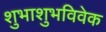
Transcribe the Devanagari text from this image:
शुभाशुभविवेक